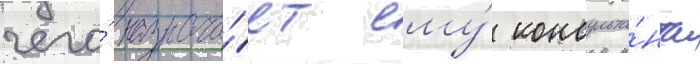
чего́ назнача́ет ему́ консульта́нта